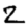
Digit: 2